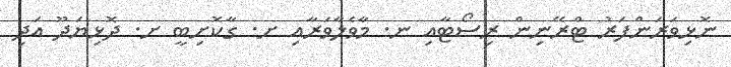
ނޮޅިވަރަންފަރު ޓްރޭނިން ރިސޯޓާއި ނ. މާވެލާވަރާއި ށ. ގާކޮށިބީ ށ. ދޮޅިޔަދޫ އަދި